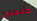
كلمتين